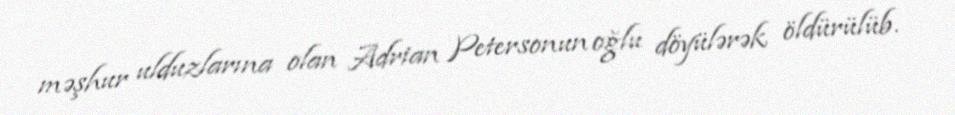
məşhur ulduzlarına olan Adrian Petersonun oğlu döyülərək öldürülüb.